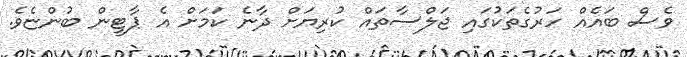
ވެސް ބައެއް ހަރުގެތަކުގައި ޖަލްސާތައް ކުރިޔަށް ދާނެ ކަމަށް އެ ޕާޓީން ބުންޏެވެ.